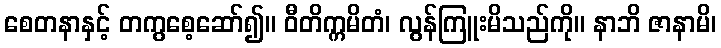
စေတနာနှင့် တကွစေ့ဆော်၍။ ဝီတိက္ကမိတံ၊ လွန်ကြူးမိသည်ကို။ နာဘိ ဇာနာမိ၊